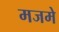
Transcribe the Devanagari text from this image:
मजमे